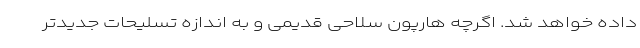
داده خواهد شد. اگرچه هارپون سلاحی قدیمی و به اندازه تسلیحات جدیدتر